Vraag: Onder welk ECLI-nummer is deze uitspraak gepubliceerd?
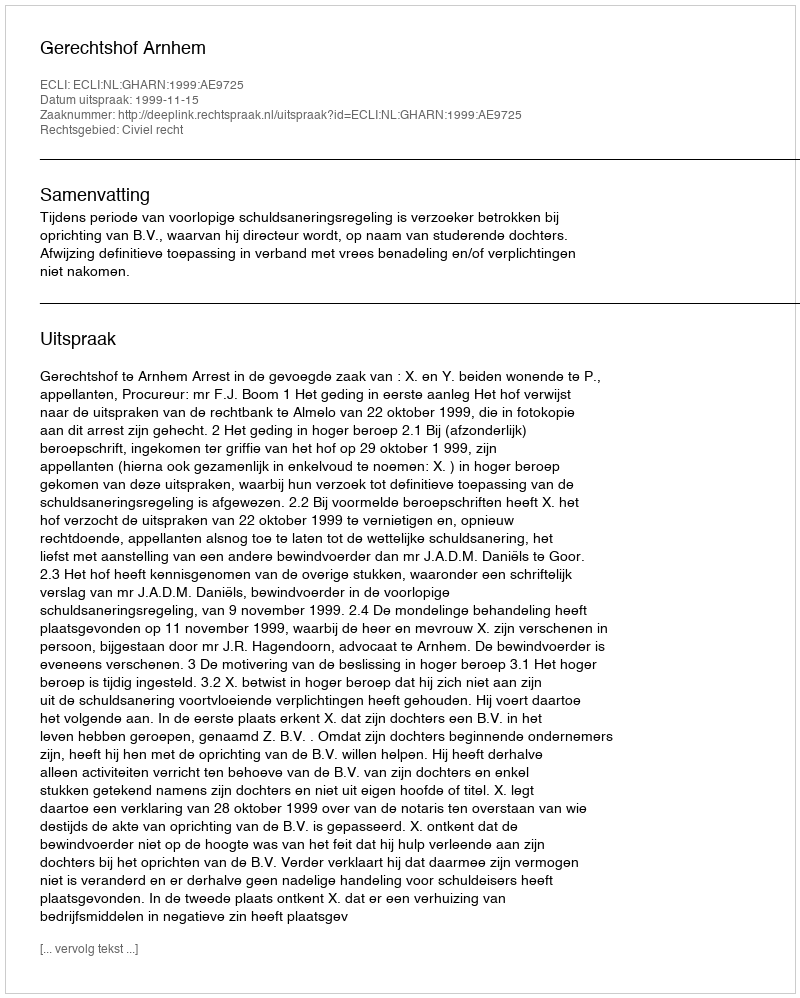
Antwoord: ECLI:NL:GHARN:1999:AE9725